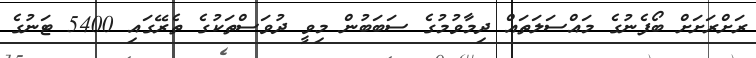
ރަށްރަށަށް ބޯފެނުގެ މައްސަލަތައް ދިމާވުމުގެ ސަބަބުން މިވީ ދުވަސްތަކުގެ ތެރޭގައި 5400 ޓަނުގެ